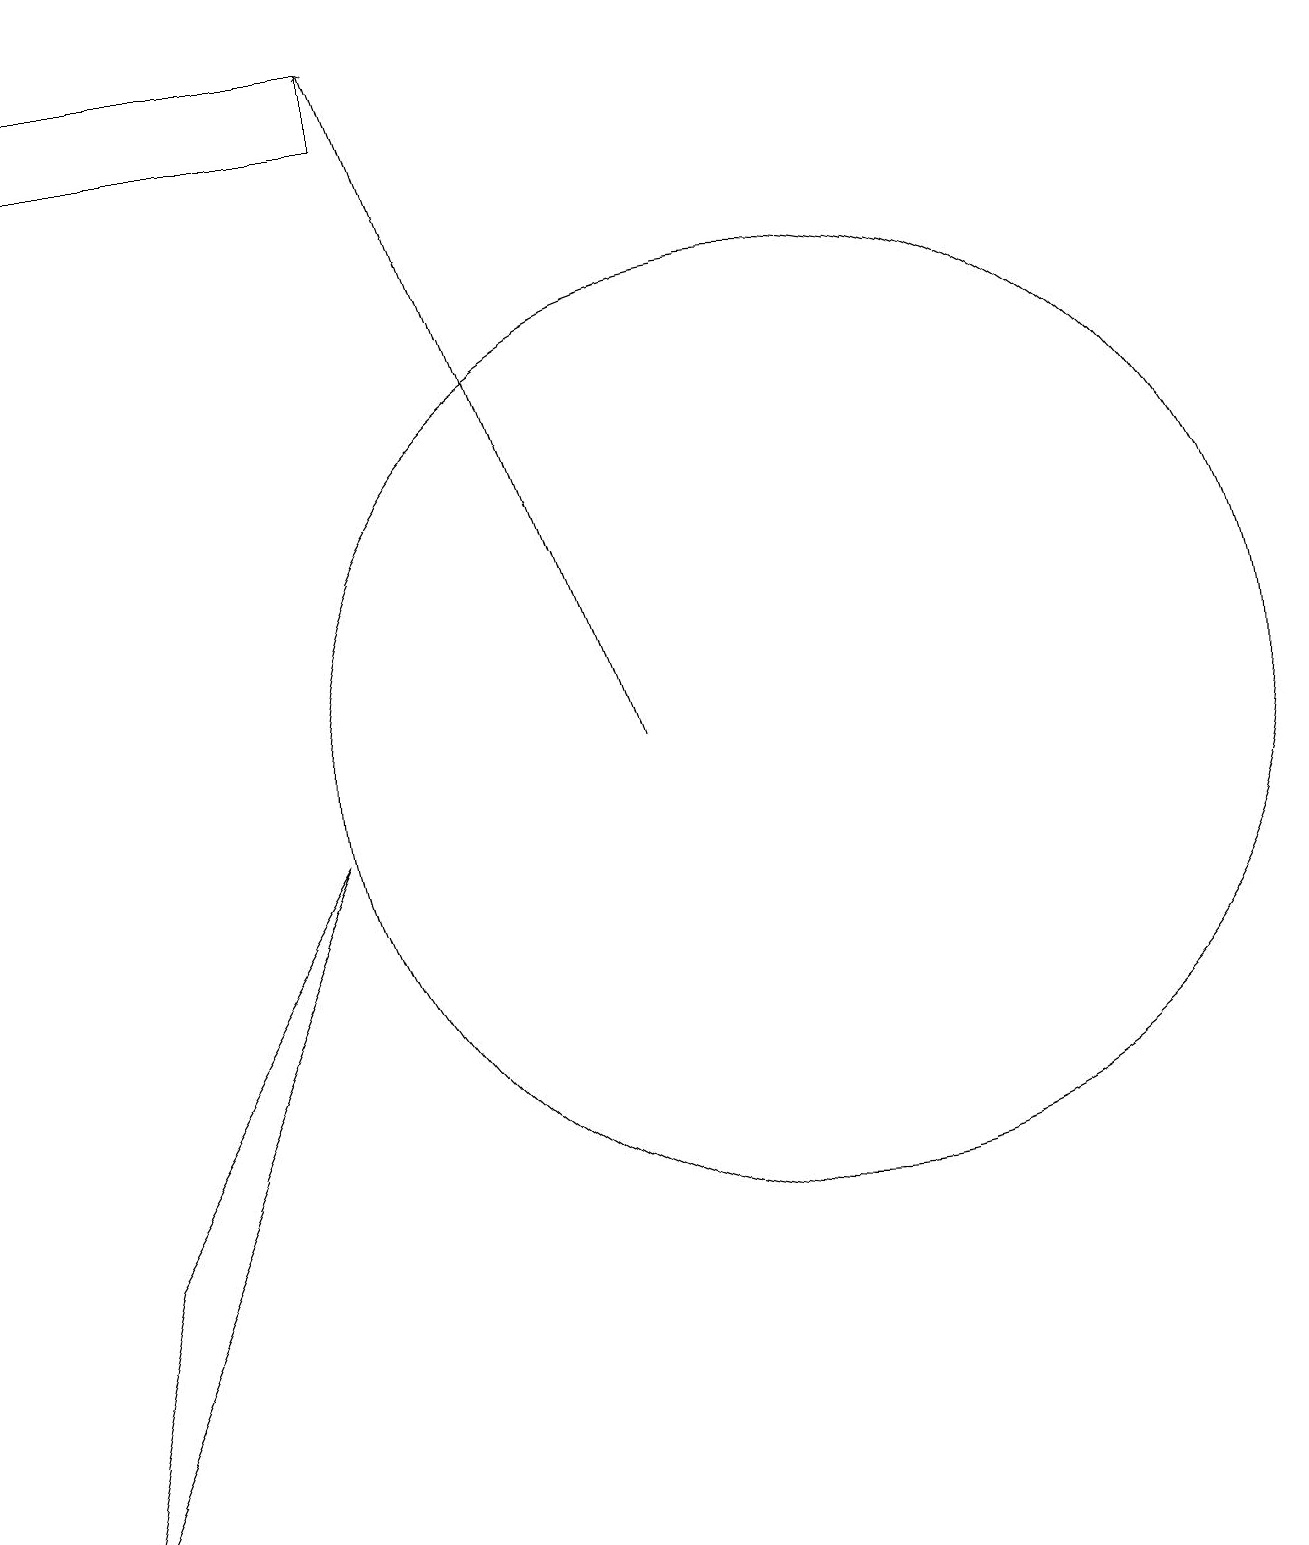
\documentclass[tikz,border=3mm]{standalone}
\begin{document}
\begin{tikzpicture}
\draw[->] (9,10) -- (6,19);
\draw (5,9) -- (1,0) -- (2,4) -- cycle;
\draw (11,10) circle (6);
\draw (1,18) rectangle (6,19);
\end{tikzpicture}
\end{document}